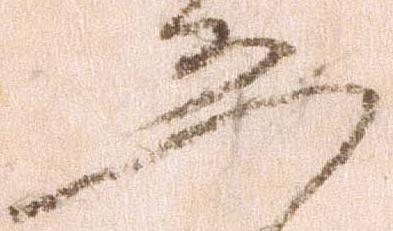
恐